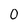
Character: 0